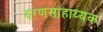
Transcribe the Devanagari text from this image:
रुग्णसाहाय्यक